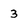
Character: 3